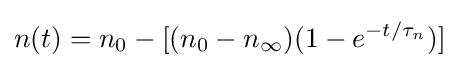
n(t)=n_{0}-[(n_{0}-n_{\infty })(1-e^{-t/\tau _{n}})]